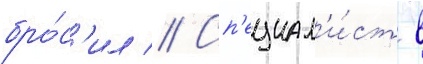
бро́с'ил // Сп'ециал'и́ст в